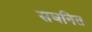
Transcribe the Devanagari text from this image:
सघनित